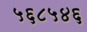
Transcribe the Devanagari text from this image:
५६८५४६